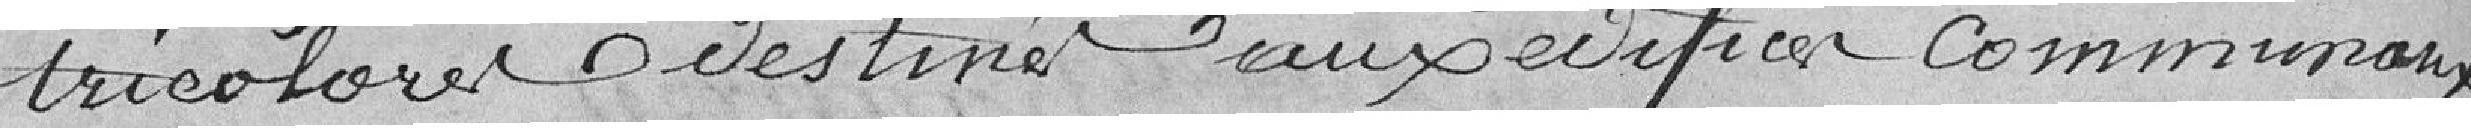
tricolore destiné aux édifices communaux.